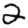
Digit: 2